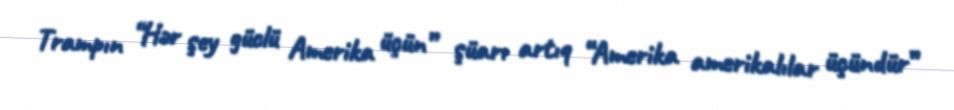
Trampın “Hər şey güclü Amerika üçün” şüarı artıq “Amerika amerikalılar üçündür”